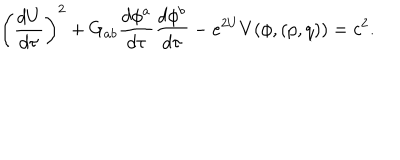
\left( { \frac { d U } { d \tau } } \right) ^ { 2 } + G _ { a b } { \frac { d \phi ^ { a } } { d \tau } } { \frac { d \phi ^ { b } } { d \tau } } - e ^ { 2 U } V ( \phi , ( p , q ) ) = c ^ { 2 } .